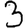
Digit: 3